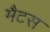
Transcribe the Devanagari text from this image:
मैटस